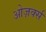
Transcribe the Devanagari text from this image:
ओज़र्क्स